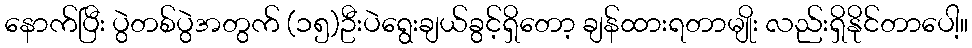
နောက်ပြီး ပွဲတစ်ပွဲအတွက် (၁၅)ဦးပဲရွေးချယ်ခွင့်ရှိတော့ ချန်ထားရတာမျိုး လည်းရှိနိုင်တာပေါ့။